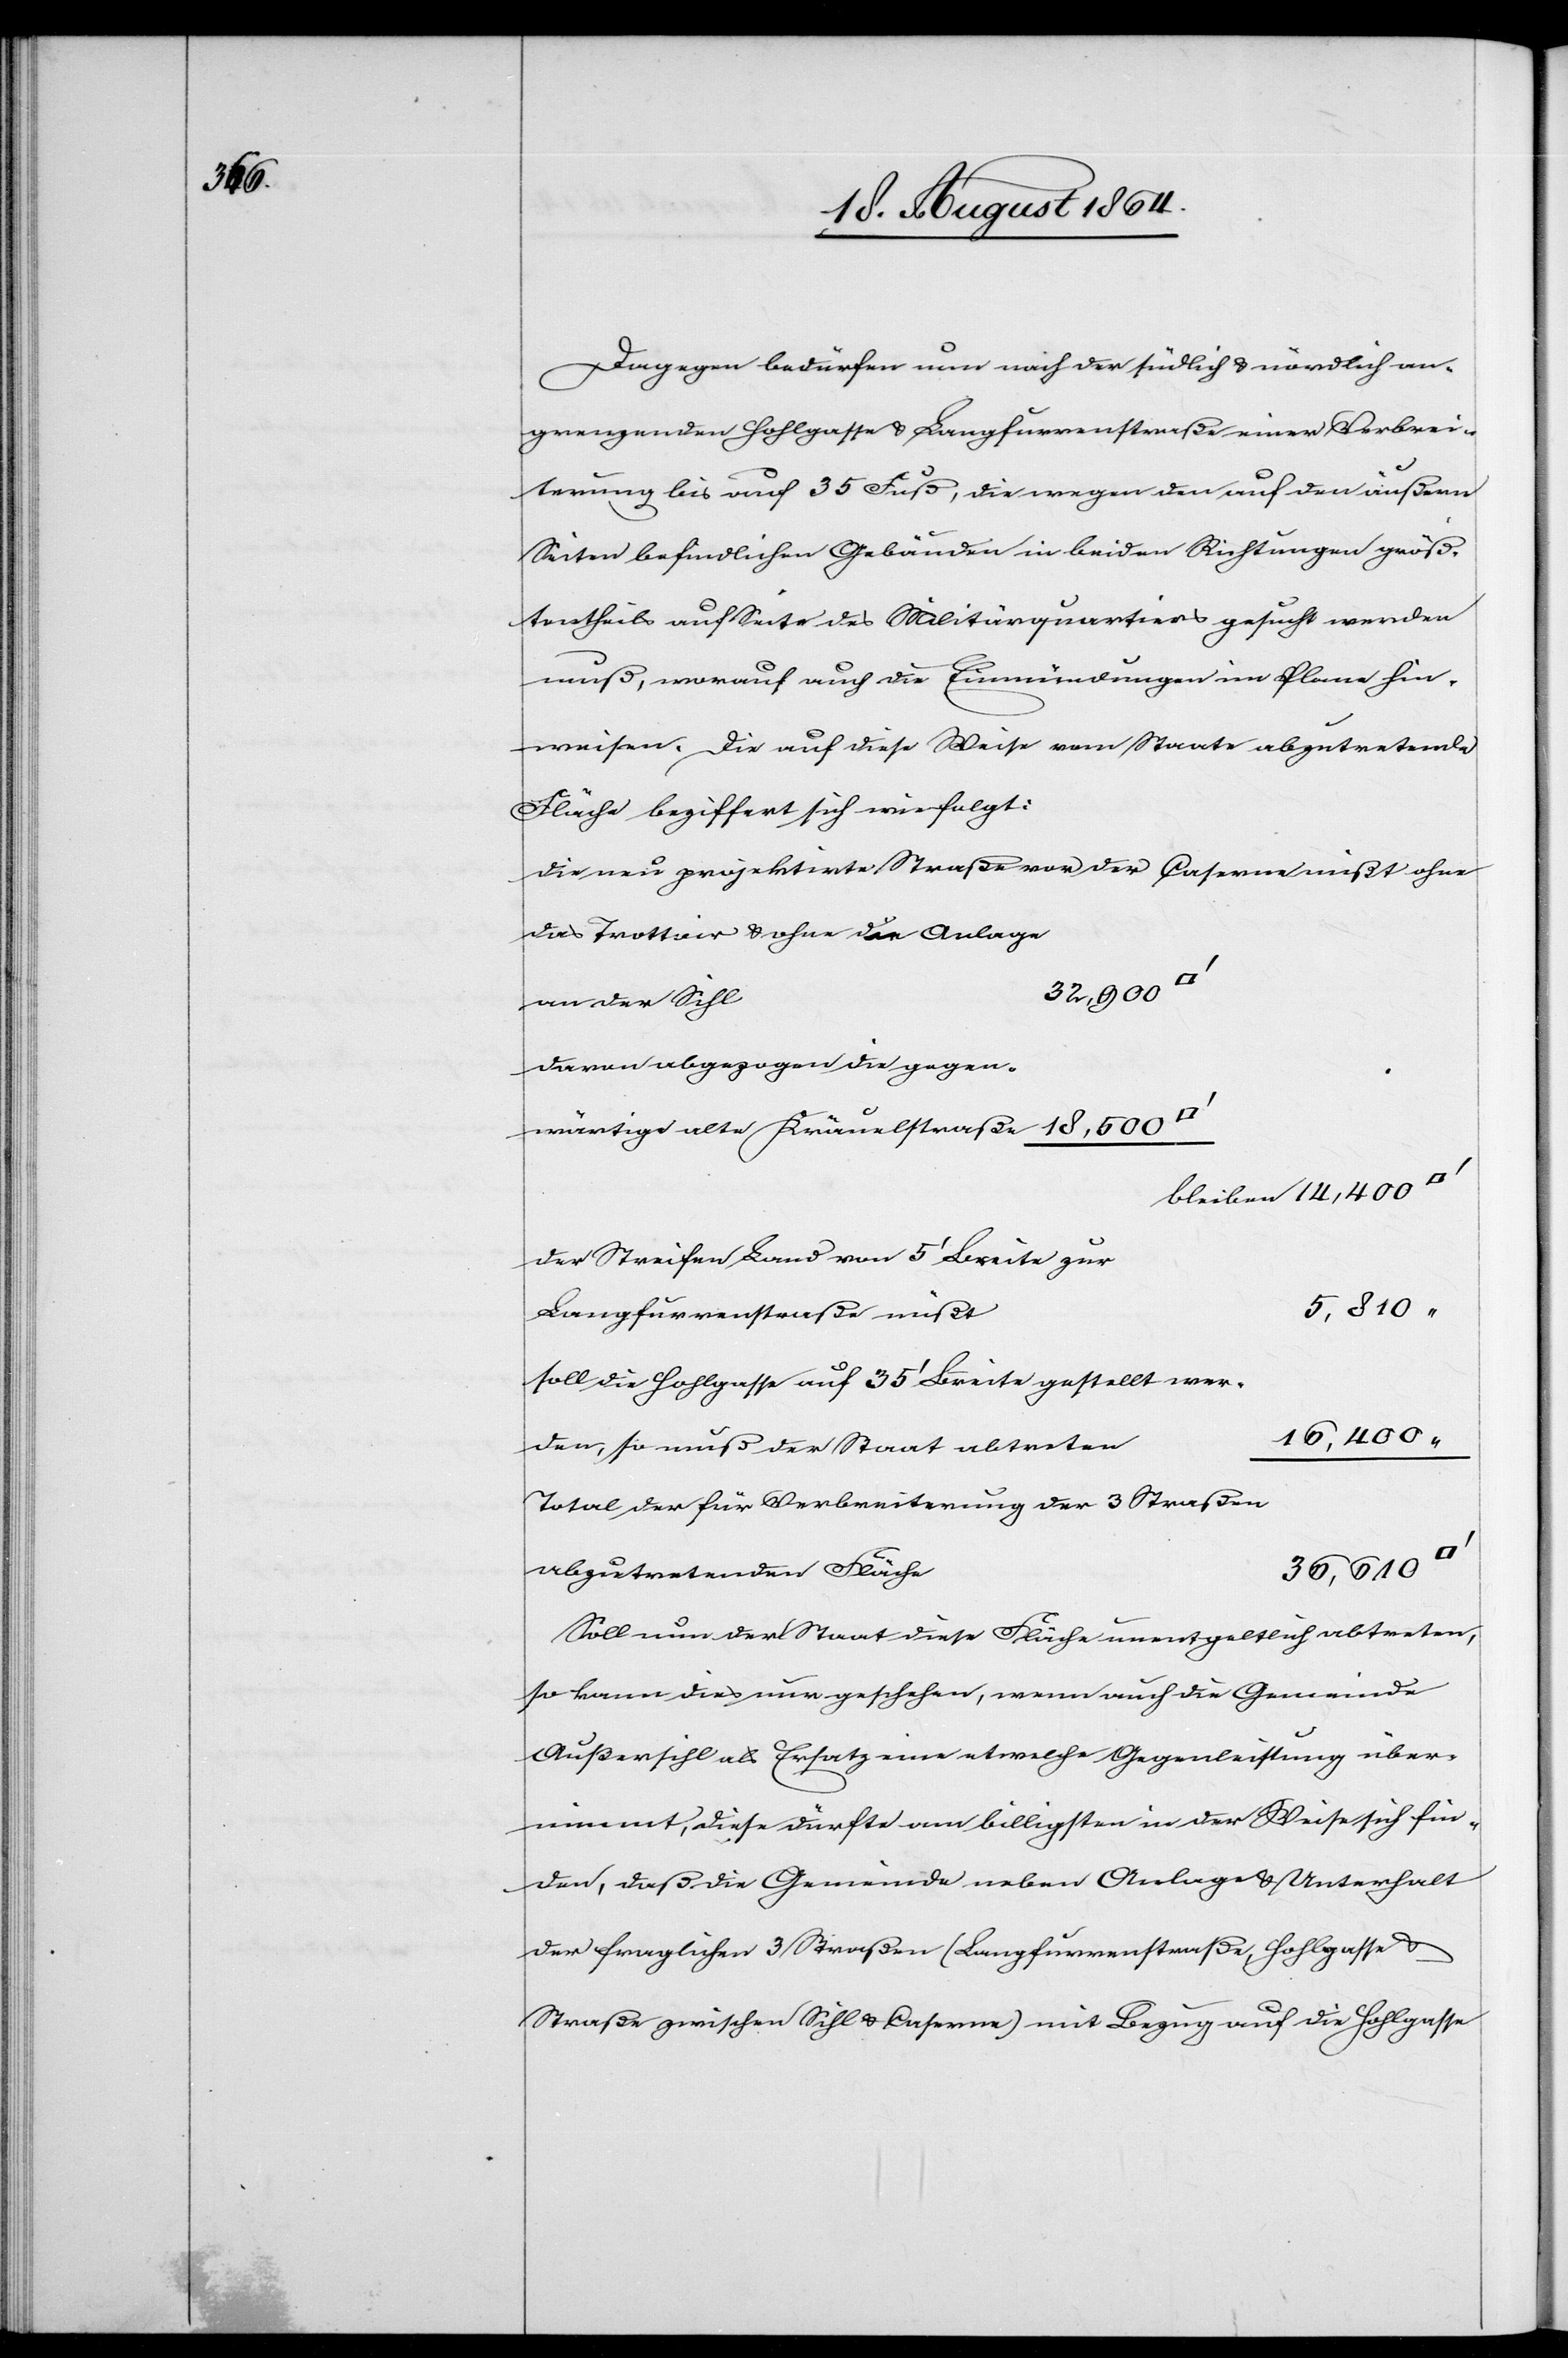
Dagegen bedürfen nun nach [sic!] der südlich & nördlich an¬
grenzenden Hohlgasse & Langfurrenstraße einer Verbrei¬
terung bis auf 35 Fuß, die wegen den auf den äußern
Seiten befindlichen Gebäuden in beide Richtungen größ¬
tentheils auf Seite des Militärquartiers gesucht werden
muß, worauf auch die Einmündungen im Plane hin¬
weisen. Die auf diese Weise vom Staate abzutretende
Fläche beziffert sich wie folgt:
die neu projektirte Straße der Caserne mißt ohne
das Trottoir & ohne der Anlage
16,400 “
an der Sihl
davon abgezogen die gegen¬
der Streifen Land von 5’ Breite zur
5,810 “
Langfurrenstraße mißt
soll die Hohlgasse auf 35’ Breite gestellt wer¬
den, so muß der Staat abtreten
Total der für Verbreiterung der 3 Straßen
36,610
abzutretenden Fläche
Soll nun der Staat diese Fläche unentgeltlich abtreten,
so kann dies nur geschehen, wenn auch die Gemeinde
Außersihl als Ersatz eine etwelche Gegenleistung über¬
nimmt, diese dürfte am billigsten in der Weise sich fin¬
den, daß die Gemeinde neben Anlage & Unterhalt
der fraglichen 3 Straßen (Langfurrenstraße, Hohlgasse &
Straße zwischen Sihl & Caserne) mit Bezug auf die Hohlgasse